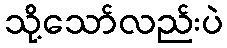
သို့သော်လည်းပဲ